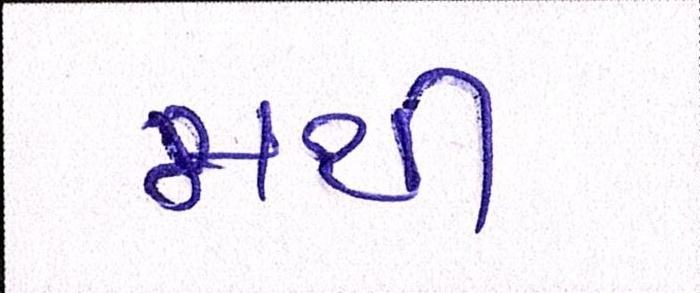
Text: મથી